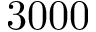
3 0 0 0